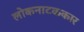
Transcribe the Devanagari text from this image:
लोकनाटककार